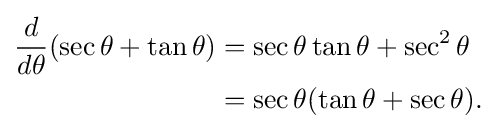
{\begin{aligned}{\frac {d}{d\theta }}(\sec \theta +\tan \theta )&=\sec \theta \tan \theta +\sec ^{2}\theta \\&=\sec \theta (\tan \theta +\sec \theta ).\end{aligned}}